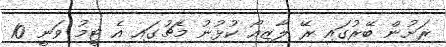
ރަށުން ބޭރުގައި ރޭ ލާޒިއޯ ކުޅުނު މެޗުގައި އެ ޓީމު ވަނީ 10